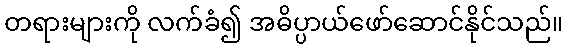
တရားများကို လက်ခံ၍ အဓိပ္ပာယ်ဖော်ဆောင်နိုင်သည်။